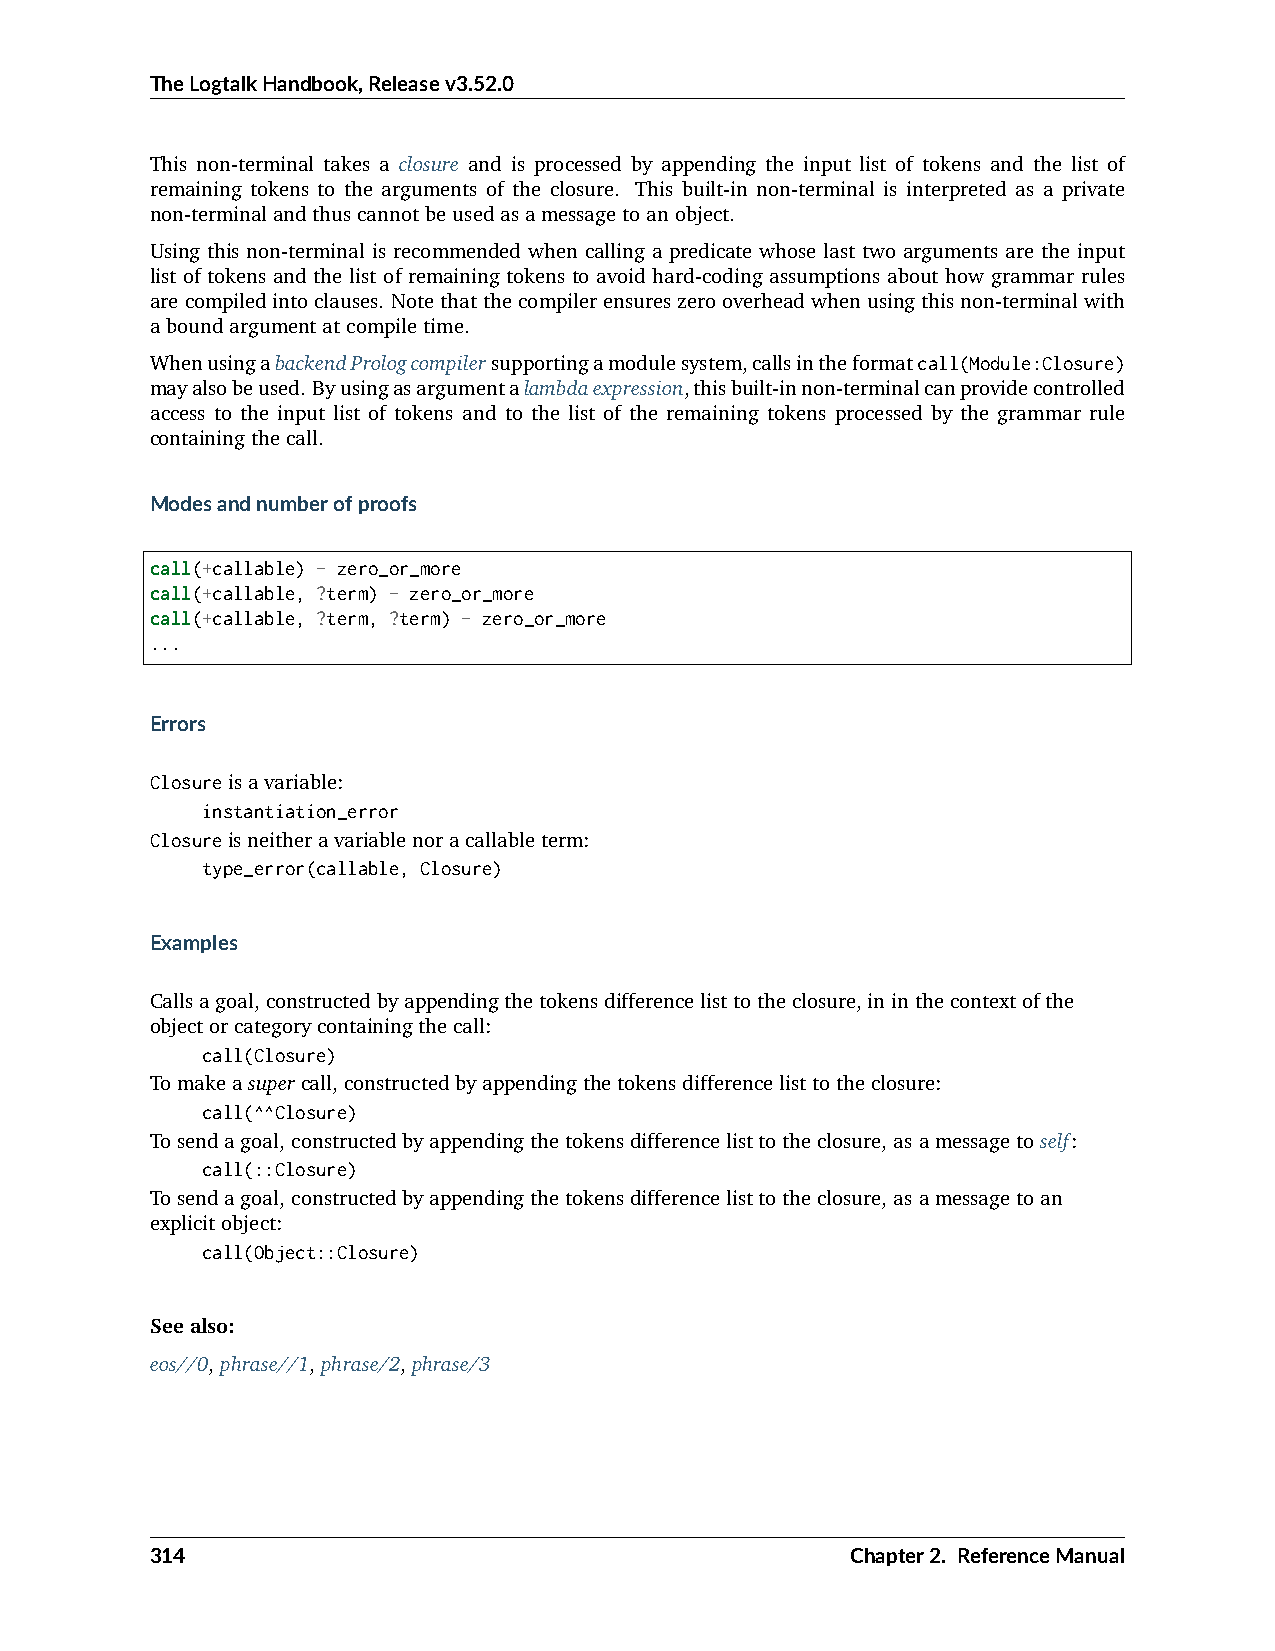
TheLogtalkHandbook,Releasev3.52.0
 This non-terminal takes a closure and is processed by appending the input list of tokens and the list of
 remaining tokens to the arguments of the closure. This built-in non-terminal is interpreted as a private
 non-terminalandthuscannotbeusedasamessagetoanobject.
 Using this non-terminal is recommended when calling a predicate whose last two arguments are the input
 list of tokens and the list of remaining tokens to avoid hard-coding assumptions about how grammar rules
 arecompiledintoclauses. Notethatthecompilerensureszerooverheadwhenusingthisnon-terminalwith
 aboundargumentatcompiletime.
 WhenusingabackendPrologcompilersupportingamodulesystem,callsintheformatcall(Module:Closure)
 mayalsobeused. Byusingasargumentalambdaexpression,thisbuilt-innon-terminalcanprovidecontrolled
 access to the input list of tokens and to the list of the remaining tokens processed by the grammar rule
 containingthecall.
 Modesandnumberofproofs
 call(+callable) - zero_or_more
 call(+callable, ?term) - zero_or_more
 call(+callable, ?term, ?term) - zero_or_more
 ...
 Errors
 Closureisavariable:
 instantiation_error
 Closureisneitheravariablenoracallableterm:
 type_error(callable, Closure)
 Examples
 Callsagoal,constructedbyappendingthetokensdifferencelisttotheclosure,ininthecontextofthe
 objectorcategorycontainingthecall:
 call(Closure)
 Tomakeasupercall,constructedbyappendingthetokensdifferencelisttotheclosure:
 call(^^Closure)
 Tosendagoal,constructedbyappendingthetokensdifferencelisttotheclosure,asamessagetoself:
 call(::Closure)
 Tosendagoal,constructedbyappendingthetokensdifferencelisttotheclosure,asamessagetoan
 explicitobject:
 call(Object::Closure)
 Seealso:
 eos//0,phrase//1,phrase/2,phrase/3
 314                                           Chapter2. ReferenceManual